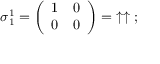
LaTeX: { \boldsymbol { \sigma } } _ { 1 } ^ { 1 } = { \left( \begin{array} { l l } { 1 } & { 0 } \\ { 0 } & { 0 } \end{array} \right) } = \; \uparrow \uparrow \; ;